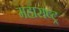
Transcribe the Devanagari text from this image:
महाराष्ट्र